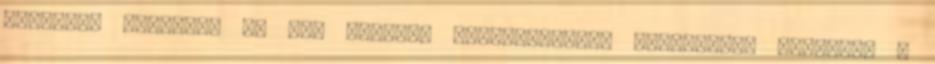
megőrjít ugyanis, ha úgy szidnak gyalázkodnak, ócsárolnak valamit, s